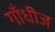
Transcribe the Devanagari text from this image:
गाँधीज